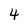
Character: 4